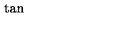
\tan